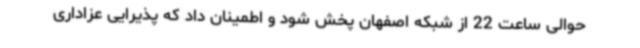
حوالی ساعت 22 از شبکه اصفهان پخش شود و اطمینان داد که پذیرایی عزاداری